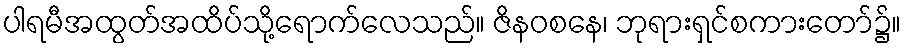
ပါရမီအထွတ်အထိပ်သို့ရောက်လေသည်။ ဇိနဝစနေ၊ ဘုရားရှင်စကားတော်၌။